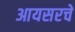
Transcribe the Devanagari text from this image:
आयसरचे